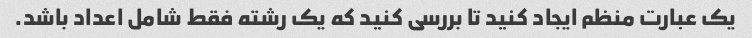
یک عبارت منظم ایجاد کنید تا بررسی کنید که یک رشته فقط شامل اعداد باشد.